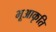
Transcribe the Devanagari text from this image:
भूआकृति